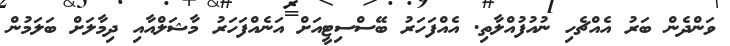
ވަންދެން ބަރު އެއްޗެހި ނުއުފުއްލާތި. އެއްފަހަރު ބޭސްސިޓީއަށް އަނެއްފަހަރު މާޝަލްއާއި ދިމާލަށް ބަލަމުން